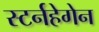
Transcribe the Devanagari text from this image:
स्टर्नहेगेन